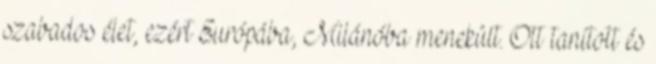
szabados élet, ezért Európába, Milánóba menekült. Ott tanított és